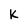
Character: K